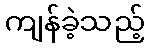
ကျန်ခဲ့သည့်